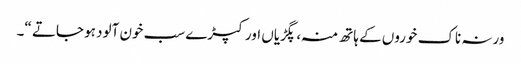
ورنہ ناک خوروں کے ہاتھ منہ ، پگڑیاں اور کپڑے سب خون آلود ہو جاتے “۔